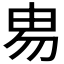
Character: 𰢻